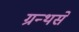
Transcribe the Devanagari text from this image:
ग्रन्थसे